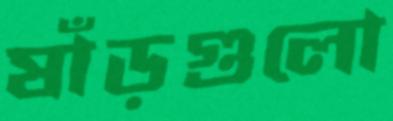
ষাঁড়গুলো